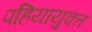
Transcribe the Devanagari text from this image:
पहियायुक्त